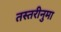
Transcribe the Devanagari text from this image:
तस्तरीनुमा